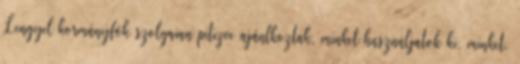
Lengyel kormányfők szolgaian pitizve ajánlkoztak, minket használjatok ki, minket,